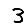
Digit: 3